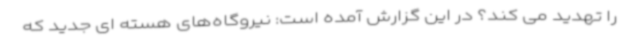
را تهدید می کند؟ در این گزارش آمده است: نیروگاه‌های هسته ای جدید که